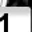
Digit: 1